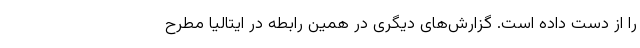
را از دست داده‌ است. گزارش‌های دیگری در همین رابطه در ایتالیا مطرح